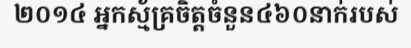
២០១៤ អ្នកស្ម័គ្រចិត្តចំនួន៤៦០នាក់របស់